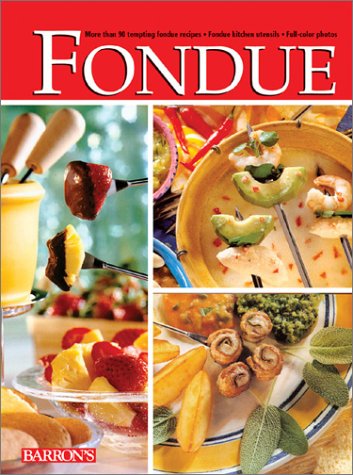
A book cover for Fondue; P. Casparek; Cookbooks, Food & Wine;